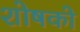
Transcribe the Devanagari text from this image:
शोषको